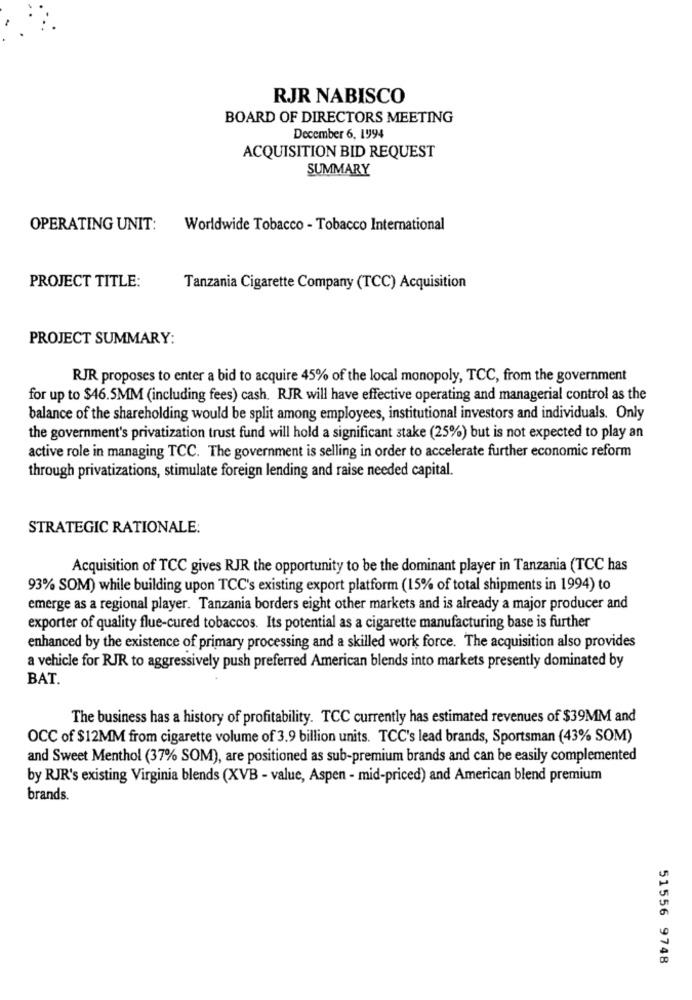
RJR NABISCO
BOARD OF DIRECTORS MEETING
December 6, 1994
ACQUISITION BID REQUEST
SUMMARY
OPERATING UNIT:
Worldwide Tobacco - Tobacco International
PROJECT TITLE:
Tanzania Cigarette Company (TCC) Acquisition
PROJECT SUMMARY:
RJR proposes to enter a bid to acquire 45% of the local monopoly, TCC, from the government
for up to $46.5MM (including fees) cash. RJR will have effective operating and managerial control as the
balance of the shareholding would be split among employees, institutional investors and individuals. Only
the government's privatization trust fund will hold a significant stake (25%) but is not expected to play an
active role in managing TCC. The government is selling in order to accelerate further economic reform
through privatizations, stimulate foreign lending and raise needed capital.
STRATEGIC RATIONALE:
Acquisition of TCC gives RJR the opportunity to be the dominant player in Tanzania (TCC has
93% SOM) while building upon TCC's existing export platform (15% of total shipments in 1994) to
emerge as a regional player. Tanzania borders eight other markets and is already a major producer and
exporter of quality flue-cured tobaccos. Its potential as a cigarette manufacturing base is further
enhanced by the existence of primary processing and a skilled work force. The acquisition also provides
a vehicle for RJR to aggressively push preferred American blends into markets presently dominated by
BAT.
The business has a history of profitability. TCC currently has estimated revenues of $39MM and
OCC of $12MM from cigarette volume of 3.9 billion units. TCC's lead brands, Sportsman (43% SOM)
and Sweet Menthol (37% SOM), are positioned as sub-premium brands and can be easily complemented
by RJR's existing Virginia blends (XVB - value, Aspen - mid-priced) and American blend premium
brands.
51556 9748